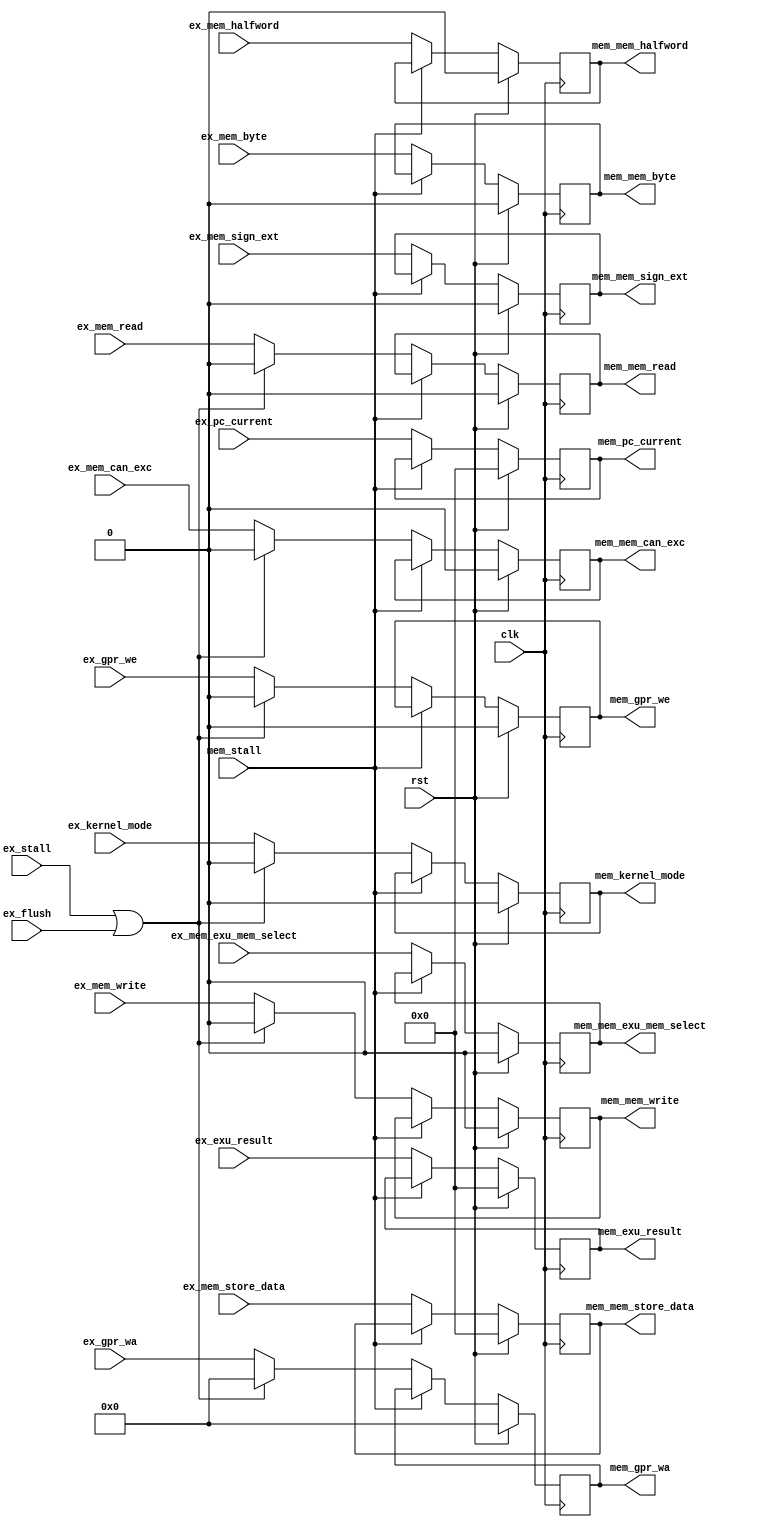
module ada_exmem_stage(
    input               clk,                    
    input               rst,                    
    input       [31:0]  ex_exu_result,          
    input       [31:0]  ex_mem_store_data,      
    input               ex_mem_write,           
    input               ex_mem_read,            
    input               ex_mem_byte,            
    input               ex_mem_halfword,        
    input               ex_mem_sign_ext,        
    input               ex_mem_exu_mem_select,  
    input       [4:0]   ex_gpr_wa,              
    input               ex_gpr_we,              
    input               ex_kernel_mode,         
    input       [31:0]  ex_pc_current,          
    input               ex_mem_can_exc,         
    input               ex_flush,               
    input               ex_stall,               
    input               mem_stall,              
    output  reg [31:0]  mem_exu_result,         
    output  reg [31:0]  mem_mem_store_data,     
    output  reg         mem_mem_write,          
    output  reg         mem_mem_read,           
    output  reg         mem_mem_byte,           
    output  reg         mem_mem_halfword,       
    output  reg         mem_mem_sign_ext,       
    output  reg         mem_mem_exu_mem_select, 
    output  reg [4:0]   mem_gpr_wa,             
    output  reg         mem_gpr_we,             
    output  reg         mem_kernel_mode,        
    output  reg [31:0]  mem_pc_current,         
    output  reg         mem_mem_can_exc         
    );
    always @(posedge clk) begin
        mem_exu_result         <= (rst) ? 32'b0 : ((mem_stall) ? mem_exu_result                                         : ex_exu_result);
        mem_mem_store_data     <= (rst) ? 32'b0 : ((mem_stall) ? mem_mem_store_data                                     : ex_mem_store_data);
        mem_mem_write          <= (rst) ? 1'b0  : ((mem_stall) ? mem_mem_write          : ((ex_stall | ex_flush) ? 1'b0 : ex_mem_write));
        mem_mem_read           <= (rst) ? 1'b0  : ((mem_stall) ? mem_mem_read           : ((ex_stall | ex_flush) ? 1'b0 : ex_mem_read));
        mem_mem_byte           <= (rst) ? 1'b0  : ((mem_stall) ? mem_mem_byte                                           : ex_mem_byte);
        mem_mem_halfword       <= (rst) ? 1'b0  : ((mem_stall) ? mem_mem_halfword                                       : ex_mem_halfword);
        mem_mem_sign_ext       <= (rst) ? 1'b0  : ((mem_stall) ? mem_mem_sign_ext                                       : ex_mem_sign_ext);
        mem_mem_exu_mem_select <= (rst) ? 1'b0  : ((mem_stall) ? mem_mem_exu_mem_select                                 : ex_mem_exu_mem_select);
        mem_gpr_wa             <= (rst) ? 5'b0  : ((mem_stall) ? mem_gpr_wa             : ((ex_stall | ex_flush) ? 5'b0 : ex_gpr_wa));
        mem_gpr_we             <= (rst) ? 1'b0  : ((mem_stall) ? mem_gpr_we             : ((ex_stall | ex_flush) ? 1'b0 : ex_gpr_we));
        mem_kernel_mode        <= (rst) ? 1'b0  : ((mem_stall) ? mem_kernel_mode        : ((ex_stall | ex_flush) ? 1'b0 : ex_kernel_mode));
        mem_pc_current         <= (rst) ? 32'b0 : ((mem_stall) ? mem_pc_current                                         : ex_pc_current);
        mem_mem_can_exc        <= (rst) ? 1'b0  : ((mem_stall) ? mem_mem_can_exc        : ((ex_stall | ex_flush) ? 1'b0 : ex_mem_can_exc));
    end
endmodule